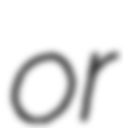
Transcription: or